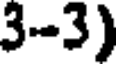
3-3)